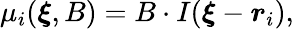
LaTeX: \begin{array}{r}{\mu_{i}({\boldsymbol\xi},B)=B\cdot I({\boldsymbol\xi}-{\boldsymbol r}_{i}),}\end{array}